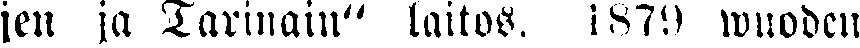
jen ja Tarinain" laitos. 1879 wuoden